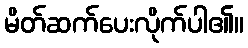
မိတ်ဆက်ပေးလိုက်ပါ၏။